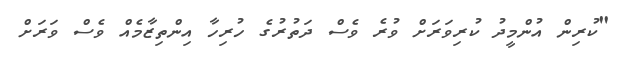
"ކުރިން އުންމީދު ކުރިވަރަށް ވުރެ ވެސް ދަތުރުގެ ހުރިހާ އިންތިޒާމެއް ވެސް ވަރަށް